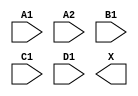
module sky130_fd_sc_ms__a2111o (
    //# {{data|Data Signals}}
    input  A1,
    input  A2,
    input  B1,
    input  C1,
    input  D1,
    output X
);

    // Voltage supply signals
    supply1 VPWR;
    supply0 VGND;
    supply1 VPB ;
    supply0 VNB ;

endmodule